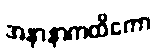
အနာနာကထိကော